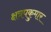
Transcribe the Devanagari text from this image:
क्षत्रपकुमार